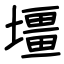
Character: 壃